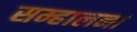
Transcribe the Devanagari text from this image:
सम्हालना